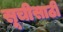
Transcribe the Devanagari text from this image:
सूचीसाठी